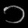
Digit: ၁